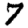
Digit: 7